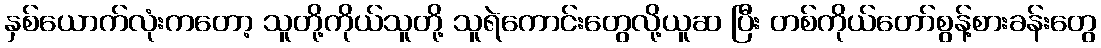
နှစ်ယောက်လုံးကတော့ သူတို့ကိုယ်သူတို့ သူရဲကောင်းတွေလို့ယူဆ ပြီး တစ်ကိုယ်တော်စွန့်စားခန်းတွေ